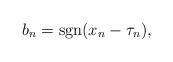
LaTeX: \begin{align*}b_n=\mathrm{sgn}(x_n-\tau_n),\end{align*}